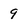
Character: 9